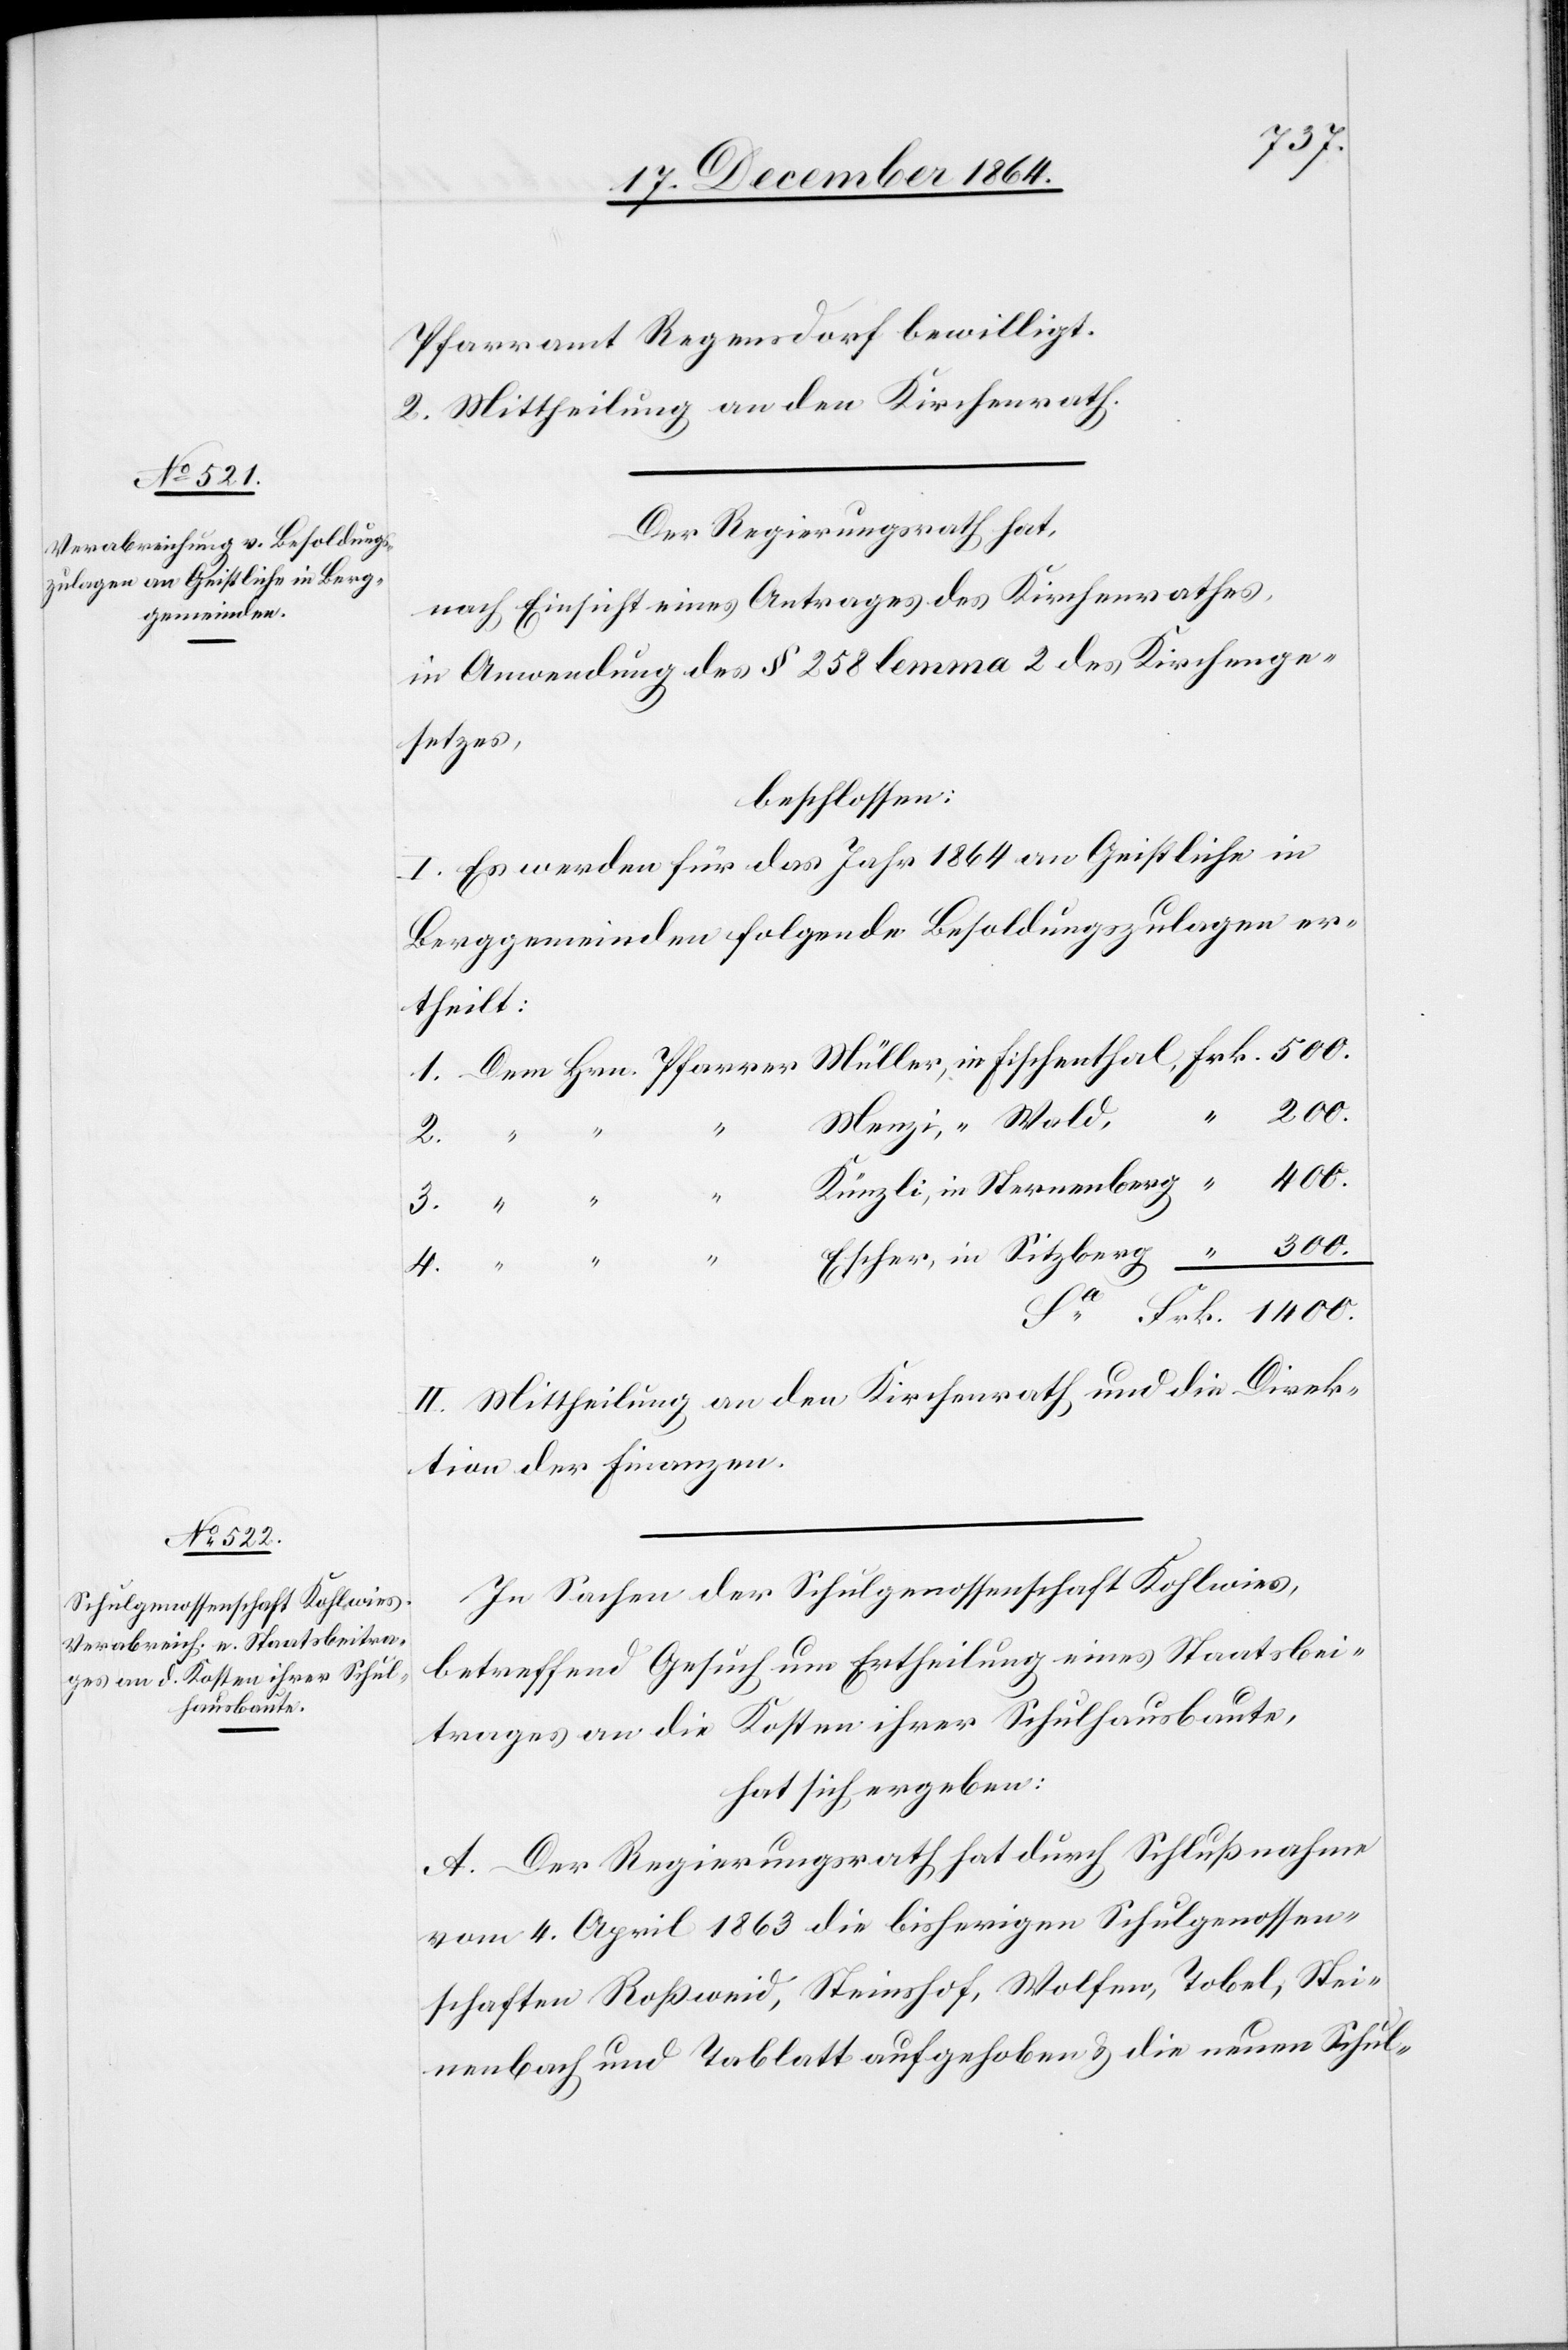
1400.
Pfarramt Regensdorf bewilligt.
2. Mittheilung an den Kirchenrath.
Der Regierungsrath hat,
nach Einsicht eines Antrages des Kirchenrathes,
in Anwendung des § 258 lemma 2 des Kirchenge¬
setzes,
beschlossen:
I. Es werden für das Jahr 1864 an Geistliche in
Berggemeinden folgende Besoldungszulagen er¬
theilt:
4.
II. Mittheilung an den Kirchenrath und die Direk¬
tion der Finanzen.
In Sachen der Schulgenossenschaft Kohlwies,
betreffend Gesuch um Ertheilung eines Staatsbei¬
trages an die Kosten ihrer Schulhausbaute,
hat sich ergeben:
A. Der Regierungsrath hat durch Schlußnahme
vom 4. April 1863 die bisherigen Schulgenossen¬
schaften Roßweid, Steinshof, Wolfen, Tobel, Stei¬
nenbach und Tablatt aufgehoben & die neuen Schul-